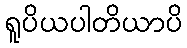
ရူပိယပါတိယာပိ